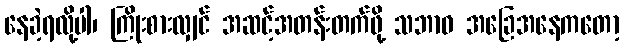
နေခဲ့ရလို့ပါ၊ ကြိုးစားလျှင် အဆင့်အတန်းတက်ဖို့ သဘာဝ အခြေအနေကတော့